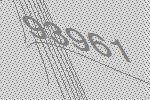
93961